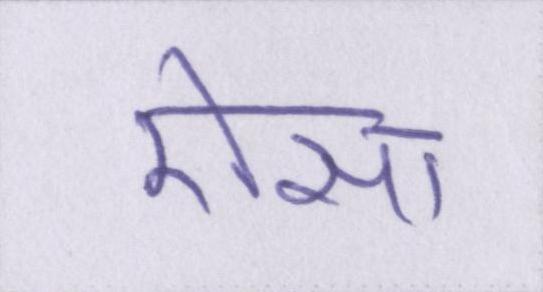
ऐसा